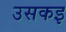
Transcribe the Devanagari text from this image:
उसकइ